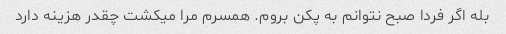
بله اگر فردا صبح نتوانم به پکن بروم. همسرم مرا میکشت چقدر هزینه دارد